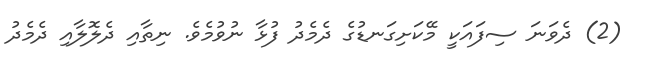
(2) ދެވަނަ ސިފައަކީ މޭކަށިގަނޑުގެ ދެމެދު ފުޅާ ނުވުމެވެ. ނިތާއި ދެލޮލާއި ދެމެދު